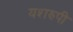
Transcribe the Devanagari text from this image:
यशरुपी